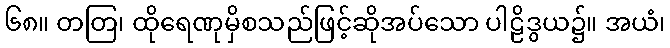
၆၈။ တတြ၊ ထိုရေဏုမှိစသည်ဖြင့်ဆိုအပ်သော ပါဠိဒွယ၌။ အယံ၊